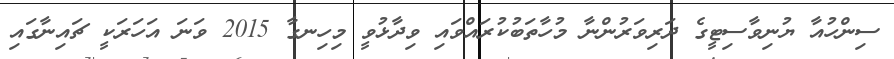
ސިންހުއާ ޔުނިވާސިޓީގެ ދަރިވަރުންނާ މުހާތަބުކުރައްވައި ވިދާޅުވީ މިހިނގާ 2015 ވަނަ އަހަރަކީ ޗައިނާގައި